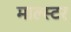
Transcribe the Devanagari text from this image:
माल्स्टर